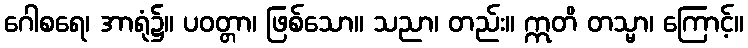
ဂေါစရေ၊ အာရုံ၌။ ပဝတ္တာ၊ ဖြစ်သော။ သညာ၊ တည်း။ ဣတိ တသ္မာ၊ ကြောင့်။